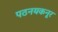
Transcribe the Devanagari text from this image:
पठनयकनूर